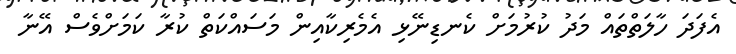
އެފަދަ ހާލަތްތައް މަދު ކުރުމަށް ކެނޑިނޭޅި އެމެރިކާއިން މަސައްކަތް ކުރާ ކަމަށްވެސް އޭނާ